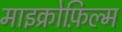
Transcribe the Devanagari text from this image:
माइक्रोफ़िल्म